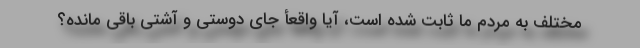
مختلف به مردم ما ثابت شده است، آیا واقعأ جای دوستی و آشتی باقی مانده؟